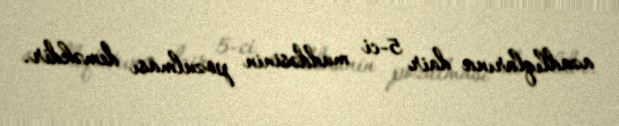
azadlıqlarına dair 5-ci maddəsinin pozulması deməkdir.